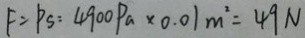
F = P S = 4 9 0 0 P a \times 0 . 0 1 m ^ { 2 } = 4 9 N